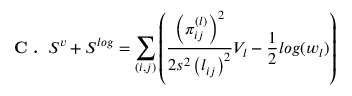
\textbf { C . } \, S ^ { v } + S ^ { l o g } = \sum _ { ( i , j ) } \left( \frac { \left( \pi _ { i j } ^ { ( l ) } \right) ^ { 2 } } { 2 s ^ { 2 } \left( l _ { i j } \right) ^ { 2 } } V _ { l } - \frac { 1 } { 2 } l o g ( w _ { l } ) \right)